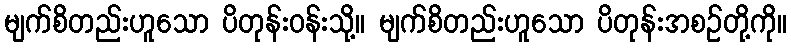
မျက်စိတည်းဟူသော ပိတုန်းဝန်းသို့။ မျက်စိတည်းဟူသော ပိတုန်းအစဉ်တို့ကို။